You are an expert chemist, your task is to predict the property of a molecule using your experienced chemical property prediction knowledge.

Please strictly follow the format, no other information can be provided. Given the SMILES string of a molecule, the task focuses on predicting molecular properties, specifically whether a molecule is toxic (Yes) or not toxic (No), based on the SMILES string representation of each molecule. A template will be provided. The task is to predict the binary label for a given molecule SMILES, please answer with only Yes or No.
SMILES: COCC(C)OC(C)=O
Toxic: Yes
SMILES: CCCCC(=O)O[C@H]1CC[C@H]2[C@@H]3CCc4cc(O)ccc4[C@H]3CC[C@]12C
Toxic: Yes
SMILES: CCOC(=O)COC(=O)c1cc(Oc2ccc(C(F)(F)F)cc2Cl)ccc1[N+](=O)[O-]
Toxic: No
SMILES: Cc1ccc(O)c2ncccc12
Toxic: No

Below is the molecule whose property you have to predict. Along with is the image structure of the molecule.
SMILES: CC(C)(c1cc(Br)c(OCCO)c(Br)c1)c1cc(Br)c(OCCO)c(Br)c1
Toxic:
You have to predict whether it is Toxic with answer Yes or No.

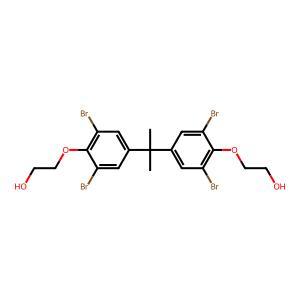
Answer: No